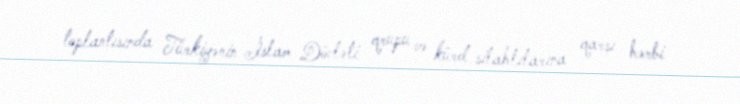
toplantısında Türkiyənin İslam Dövləti qrupu və kürd silahlılarına qarşı hərbi